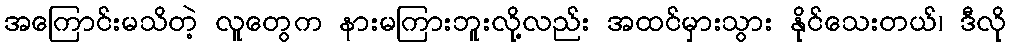
အကြောင်းမသိတဲ့ လူတွေက နားမကြားဘူးလို့လည်း အထင်မှားသွား နိုင်သေးတယ်၊ ဒီလို